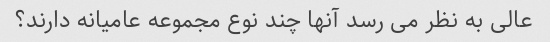
عالی به نظر می رسد آنها چند نوع مجموعه عامیانه دارند؟